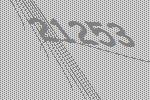
21253